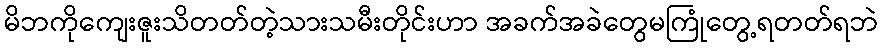
မိဘကိုကျေးဇူးသိတတ်တဲ့သားသမီးတိုင်းဟာ အခက်အခဲတွေမကြုံတွေ့ရတတ်ရဘဲ